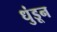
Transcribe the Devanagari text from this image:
धुंडून